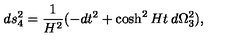
d s _ { 4 } ^ { 2 } = \frac { 1 } { H ^ { 2 } } ( - d t ^ { 2 } + \cosh ^ { 2 } H t \: d \Omega _ { 3 } ^ { 2 } ) ,